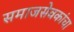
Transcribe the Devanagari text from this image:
समाजसेवकांचा